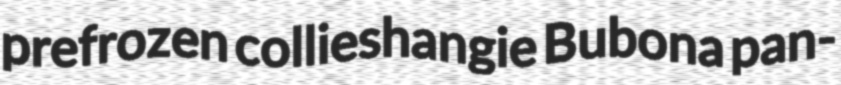
prefrozen collieshangie Bubona pan-